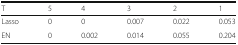
| T | 5 | 4 | 3 | 2 | 1 |
 | --- | --- | --- | --- | --- | --- |
 | Lasso | 0 | 0 | 0.007 | 0.022 | 0.053 |
 | EN | 0 | 0.002 | 0.014 | 0.055 | 0.204 |